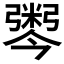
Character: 𢐫